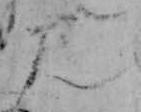
み